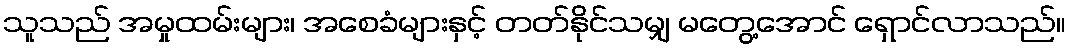
သူသည် အမှုထမ်းများ၊ အစေခံများနှင့် တတ်နိုင်သမျှ မတွေ့အောင် ရှောင်လာသည်။